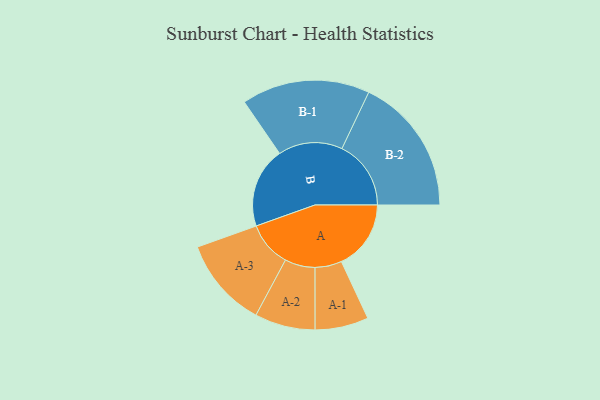
{"axis": {"x": "Segment", "y": "Value"}, "legend": ["", "A", "B"], "data": [{"x": "A", "y": 299, "type": ""}, {"x": "B", "y": 346, "type": ""}, {"x": "A-1", "y": 115, "type": "A"}, {"x": "A-2", "y": 130, "type": "A"}, {"x": "A-3", "y": 194, "type": "A"}, {"x": "B-1", "y": 276, "type": "B"}, {"x": "B-2", "y": 297, "type": "B"}]}